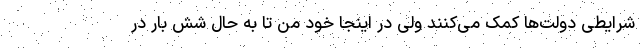
شرایطی دولت‌ها کمک می‌کنند ولی در اینجا خود من تا به حال شش بار در